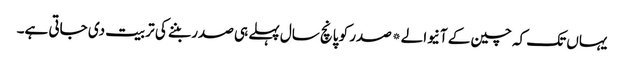
یہاں تک کہ چین کے آنیوالے*صدر کو پانچ سال پہلے ہی صدر بننے کی تربیت دی جاتی ہے۔